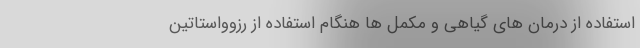
استفاده از درمان های گیاهی و مکمل ها هنگام استفاده از رزوواستاتین